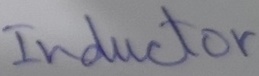
Text: Inductor